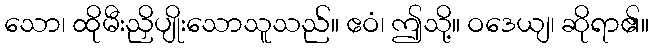
သော၊ ထိုမီးညှိပျိုးသောသူသည်။ ဧဝံ၊ ဤသို့။ ဝဒေယျ၊ ဆိုရာ၏။